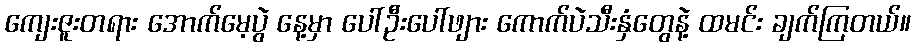
ကျေးဇူးတရား အောက်မေ့ပွဲ နေ့မှာ ပေါ်ဦးပေါ်ဖျား ကောက်ပဲသီးနှံတွေနဲ့ ထမင်း ချက်ကြတယ်။